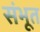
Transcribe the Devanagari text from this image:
संभूत